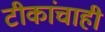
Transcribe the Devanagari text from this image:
टीकांचाही